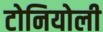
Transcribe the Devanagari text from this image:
टोनियोली